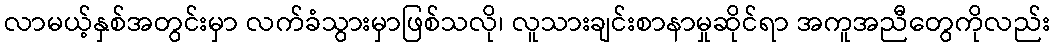
လာမယ့်နှစ်အတွင်းမှာ လက်ခံသွားမှာဖြစ်သလို၊ လူသားချင်းစာနာမှုဆိုင်ရာ အကူအညီတွေကိုလည်း